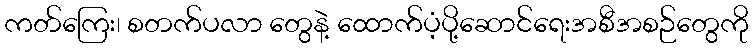
ကတ်ကြေး၊ စတက်ပလာ တွေနဲ့ ထောက်ပံ့ပို့ဆောင်ရေးအစီအစဉ်တွေကို